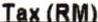
TAX (RM)